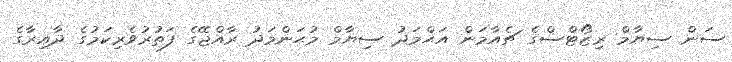
ސަން ސިޔާމް ރިޒޯޓްސްގެ ޗެއާމަން އަޙްމަދު ސިޔާމް މުޙަންމަދު ރާއްޖޭގެ ފަތުރުވެރިކަމުގެ ދާއިރާގެ